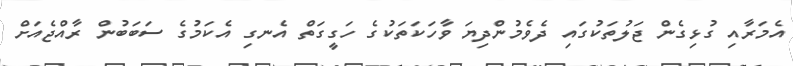
އެމަރާއި ގުޅިގެން ޖަލުތަކުގައި ދެވެމުންދިޔަ ވާހަކަތަކުގެ ހަގީގަތް އެނގި އެކަމުގެ ސަބަބުން ރާއްޖެއަށް